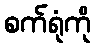
စက်ရုံကို